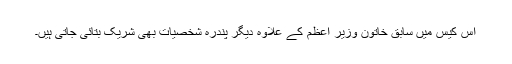
اس کیس میں سابق خاتون وزیر اعظم کے علاوہ دیگر پندرہ شخصیات بھی شریک بتائی جاتی ہیں۔